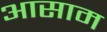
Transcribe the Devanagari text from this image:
अासाम